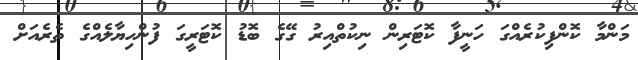
މަންމާ ކޮންފިކުރެއްގަ ހަނީފާ ކޮޓަރިން ނިކުތްއިރު ގޭގެ ބޮޑު ކޮޓަރީގަ ފުންހިޔާލެއްގެ ތެރެއަށް